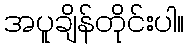
အပူချိန်တိုင်းပါ။